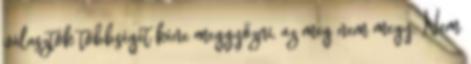
választók többségét kéne meggyőzni, az meg nem megy. Nem